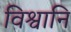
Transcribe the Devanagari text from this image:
विश्वानि